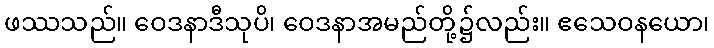
ဖဿသည်။ ဝေဒနာဒီသုပိ၊ ဝေဒနာအမည်တို့၌လည်း။ ဧသေဝနယော၊